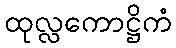
ထုလ္လကောဋ္ဌိကံ